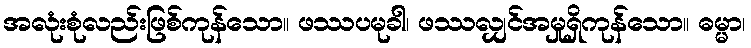
အလုံးစုံလည်းဖြစ်ကုန်သော။ ဖဿပမုခါ၊ ဖဿလျှင်အမှုရှိကုန်သော။ ဓမ္မာ၊